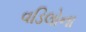
વડિલોના